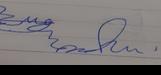
Signature authenticity: genuine